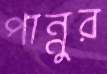
পান্নুর